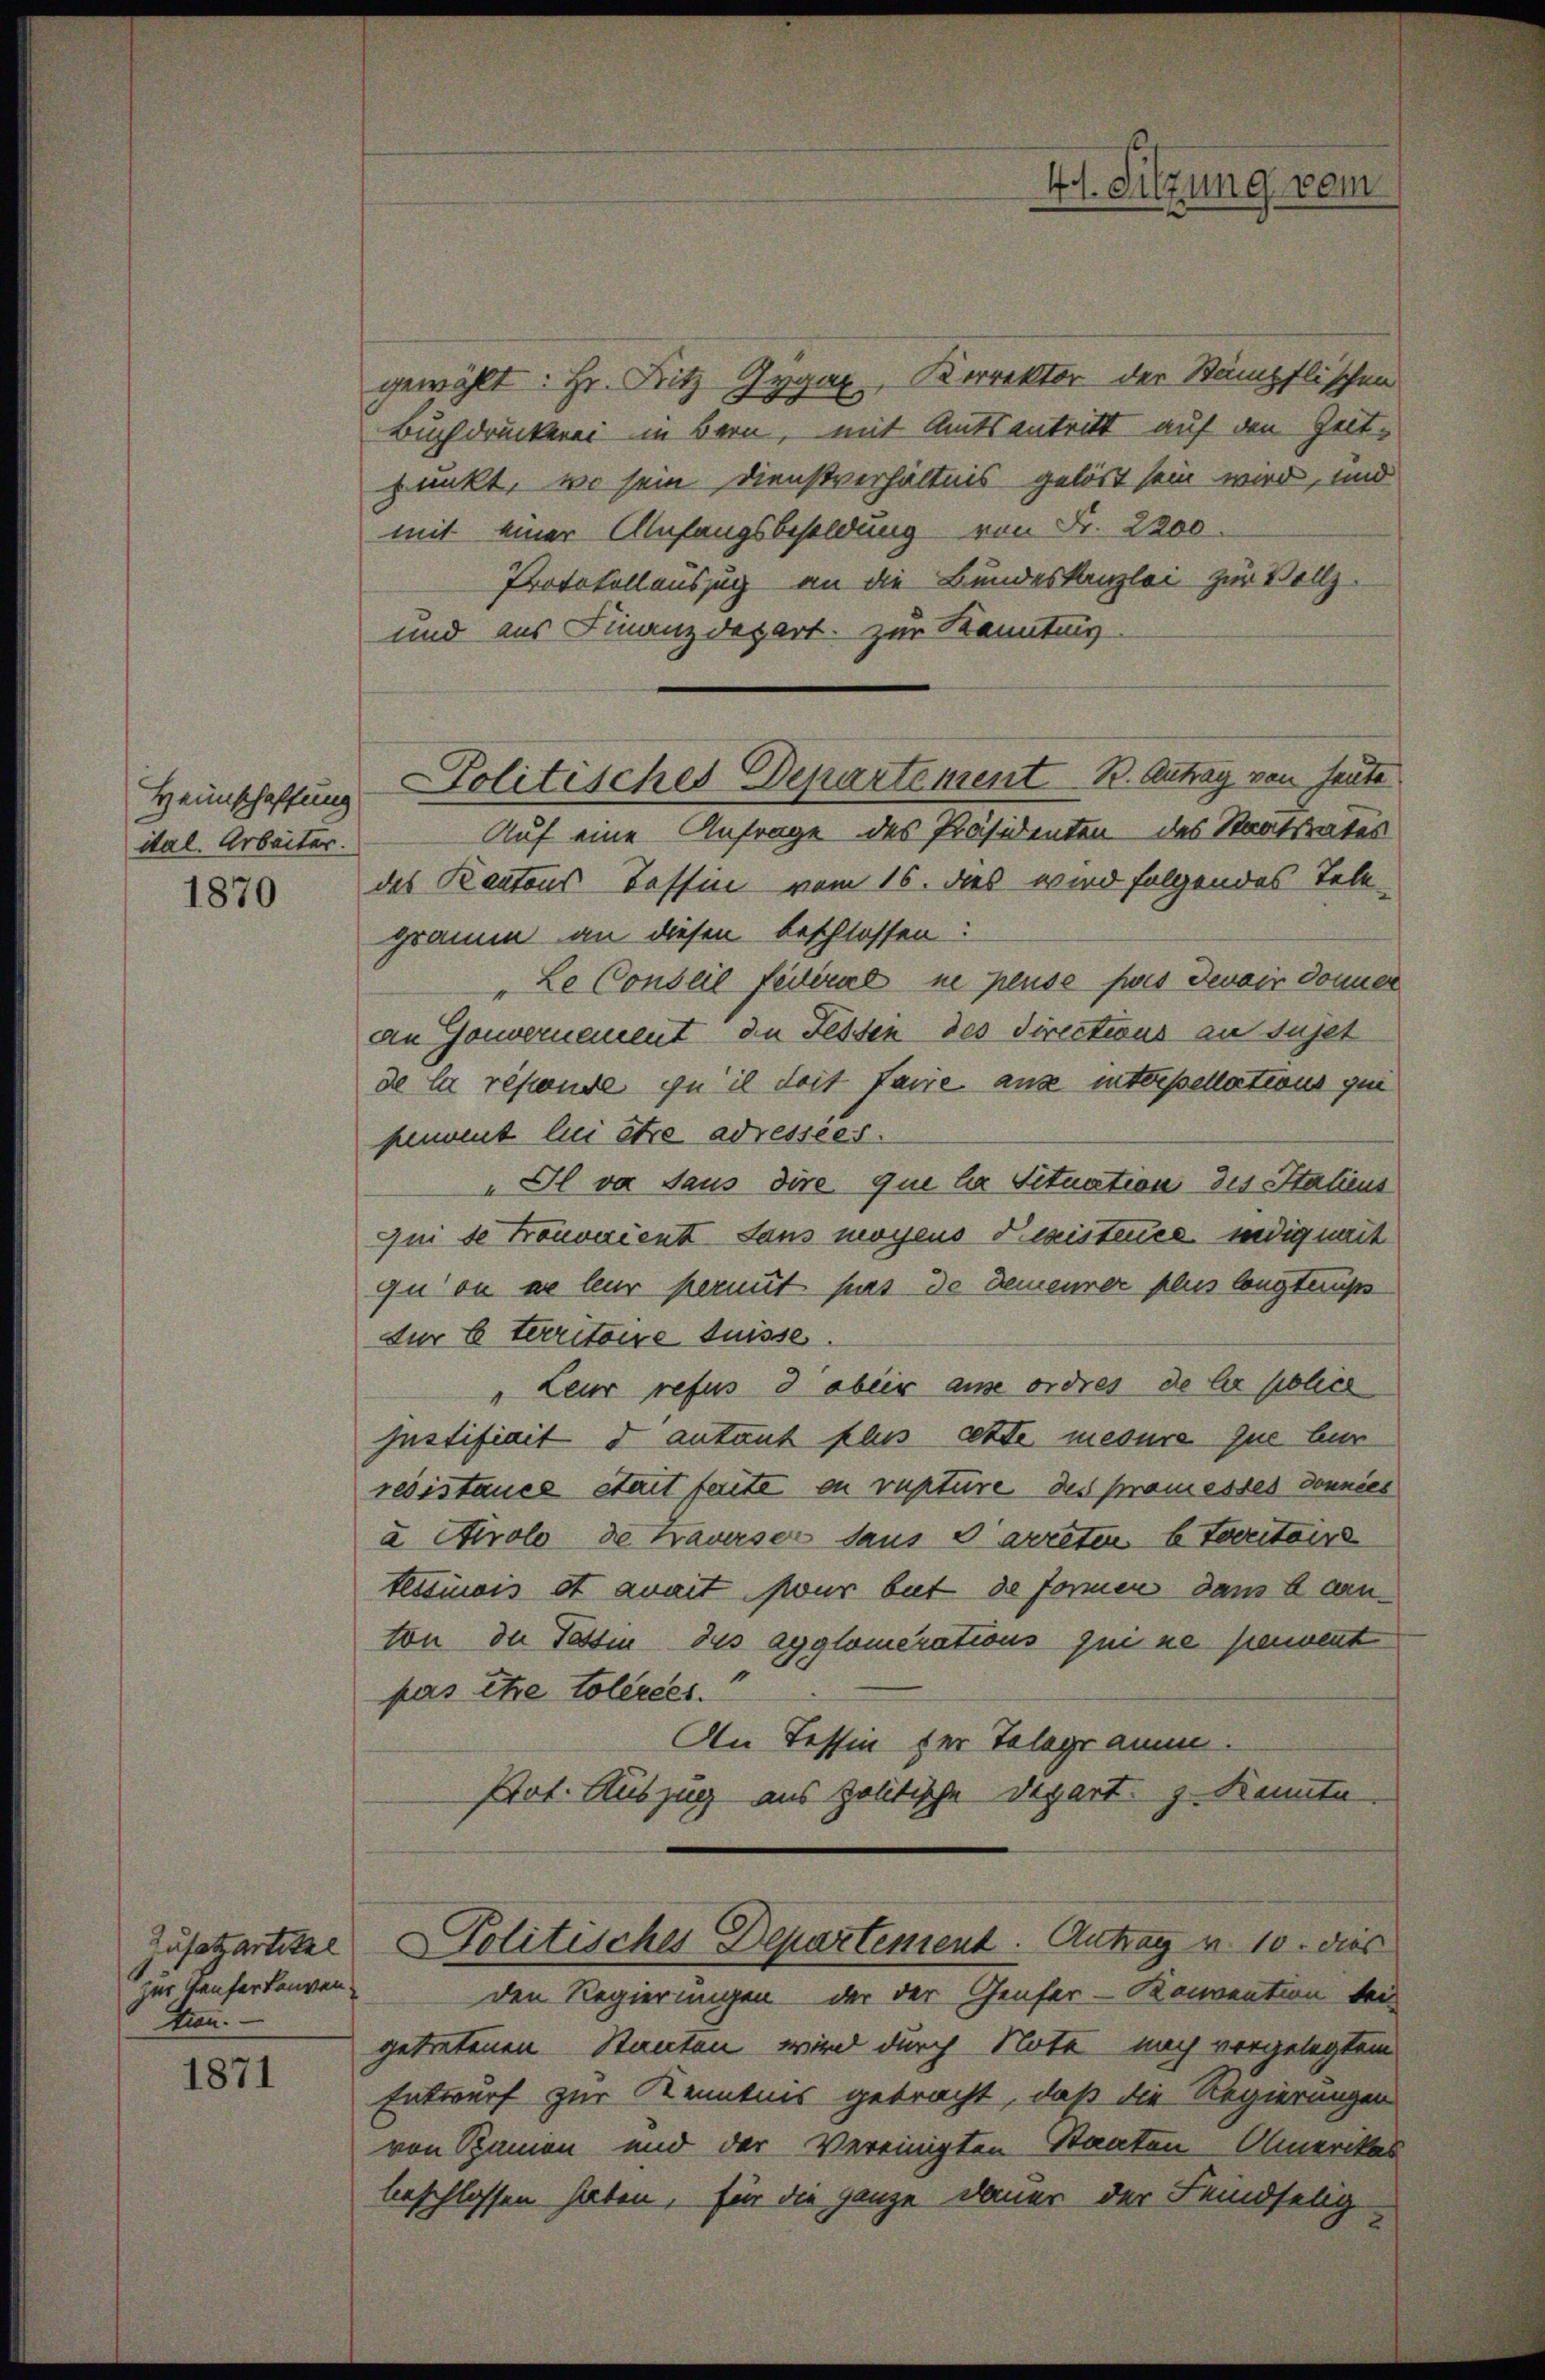
Heimschaffung
ital. Arbeiter.

Zusatzartitel
zur Teufer konven
tion.

1871

Politisches Departement B. Antrag von heute

gewählt: Hr. Fritz Gygax, Korrektor der Stämpflischen
Buchdruckerei in Bern, mit Amtsantritt auf den Zeitpunkt, wo sein Dienstverhältnis gelöst sein wird, und
mit einer Anfangsbesoldung von Fr. 2200.
Protokollauszug an die Bundeskanzlei zur Vollz
und aus Finanzdepart zur Kenntung
Auf eine Anfrage des Präsidenten des Staatsrates
81 des Kantons Tessin vom 16. das wird folgendes Tele
gramm an diesen beschlossen:
"Le Conseil fédéral ne pluse fois devoir donner
an Gouvernement de Fessen des Directions au sujet
de la resende zu il doit faire aus interpellations qui
hement lui être adressées.
„Il va Saus dire que la Situation des Statiens
qui se trouvaient sans moyens Registence indig weit
qu ou de leur permit pas de demeurer plus longtauss
für 6 territoire suisse.
" teur refus d aber ause ordres de la publich
Justifiait d autant plus cette mesure que bur
resistance stait ferte ou vupture des Promesses donnies
a Airolo de Frauerser daus d’arreten 6 territoire
teimnis et avait pour but de formen dans lan
ton der Tessin, das agglomerations qui ne pement
pas Ehe tolerces.
An Tessin der Telegramm.
Prot. Auszug aus politische Depart. 3. Kenntn
Politisches Departement. Antrag u. 10. dies
den Regierungen der der Genfer-Konvention bei
getretenen Stanten wird durch Note nach vorgelegtem
Entwurf zur Kenntnis gebracht, daß die Regierungen
von Spanien und der Vereinigten Staaten-Amerikas
beschlossen haben, für die ganze Dauer der Feindselig

4t. Sitzung vom